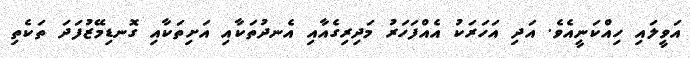
އަވީލައި ހިއްކަނީއެވެ. އަދި އަހަރަކު އެއްފަހަރު މަދިރިގެއާއި އެނދުތަކާއި އަށިތަކާއި ގޮނޑިމޭޒުފަދަ ތަކެތި